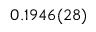
0 . 1 9 4 6 ( 2 8 )